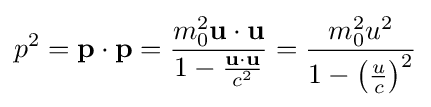
p^{2}=\mathbf {p} \cdot \mathbf {p} ={\frac {m_{0}^{2}\mathbf {u} \cdot \mathbf {u} }{1-{\frac {\mathbf {u} \cdot \mathbf {u} }{c^{2}}}}}={\frac {m_{0}^{2}u^{2}}{1-\left({\frac {u}{c}}\right)^{2}}}